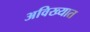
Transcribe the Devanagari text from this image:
अविख्यात